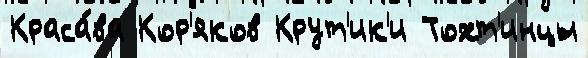
Краса́ва Кор'яков Крут'ик'и Тохт'инцы